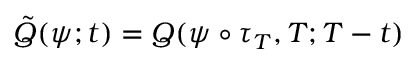
\tilde { Q } ( \psi ; t ) = Q ( \psi \circ \tau _ { T } , T ; T - t )